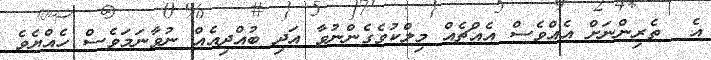
އެ  ތެރިންނަށް އެއްވެސް އެއްޗެއް މިލްކުވެގެންނުވާ އަދި ބުއްދިއެއް ނުވާނަމަވެސް ހެއްޔެވެ